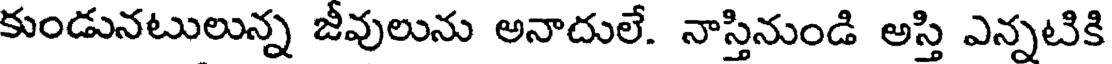
కుండునటులున్న జీవులును అనాదులే. నాస్తినుండి అస్తి ఎన్నటికి